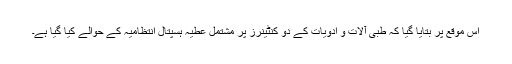
اس موقع پر بتایا گیا کہ طبی آلات و ادویات کے دو کنٹینرز پر مشتمل عطیہ ہسپتال انتظامیہ کے حوالے کیا گیا ہے۔